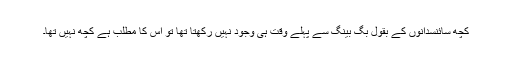
کچھ سائنسدانوں کے بقول بگ بینگ سے پہلے وقت ہی وجود نہیں رکھتا تھا تو اس کا مطلب ہے کچھ نہیں تھا۔